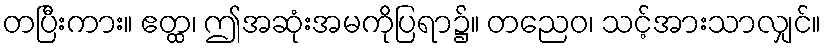
တပြီးကား။ ဧတ္ထ၊ ဤအဆုံးအမကိုပြရာ၌။ တညေဝ၊ သင့်အားသာလျှင်။